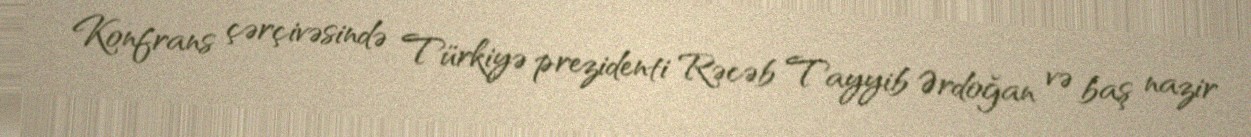
Konfrans çərçivəsində Türkiyə prezidenti Rəcəb Tayyib Ərdoğan və baş nazir